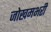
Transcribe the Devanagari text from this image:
जोखमभरी